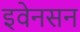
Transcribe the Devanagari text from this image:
इवेनसन